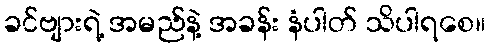
ခင်ဗျားရဲ့ အမည်နဲ့ အခန်း နံပါတ် သိပါရစေ။